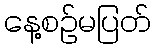
နေ့စဉ်မပြတ်